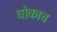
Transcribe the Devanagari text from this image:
धोकाच